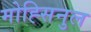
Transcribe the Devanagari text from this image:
मोह्सिनुल